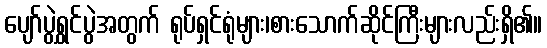
ပျော်ပွဲရွှင်ပွဲအတွက် ရုပ်ရှင်ရုံများ၊စားသောက်ဆိုင်ကြီးများလည်းရှိ၏။